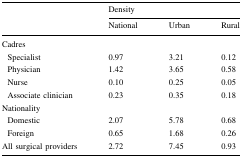
<table><thead><tr><td rowspan="2"></td><td colspan="3"><b>Density</b></td></tr><tr><td><b>National</b></td><td><b>Urban</b></td><td><b>Rural</b></td></tr></thead><tbody><tr><td colspan="4">Cadres</td></tr><tr><td> Specialist</td><td>0.97</td><td>3.21</td><td>0.12</td></tr><tr><td> Physician</td><td>1.42</td><td>3.65</td><td>0.58</td></tr><tr><td> Nurse</td><td>0.10</td><td>0.25</td><td>0.05</td></tr><tr><td> Associate clinician</td><td>0.23</td><td>0.35</td><td>0.18</td></tr><tr><td colspan="4">Nationality</td></tr><tr><td> Domestic</td><td>2.07</td><td>5.78</td><td>0.68</td></tr><tr><td> Foreign</td><td>0.65</td><td>1.68</td><td>0.26</td></tr><tr><td>All surgical providers</td><td>2.72</td><td>7.45</td><td>0.93</td></tr></tbody></table>